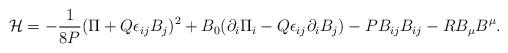
LaTeX: \begin{align*}{\cal H}=-{1\over{8P}}(\Pi+Q\epsilon_{ij}B_j)^2+B_0(\partial_i\Pi_i-Q\epsilon_{ij}\partial_i B_j)-PB_{ij}B_{ij}-RB_\mu B^\mu.\end{align*}